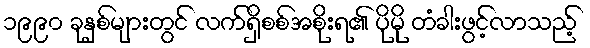
၁၉၉၀ ခုနှစ်များတွင် လက်ရှိစစ်အစိုးရ၏ ပိုမို တံခါးဖွင့်လာသည့်